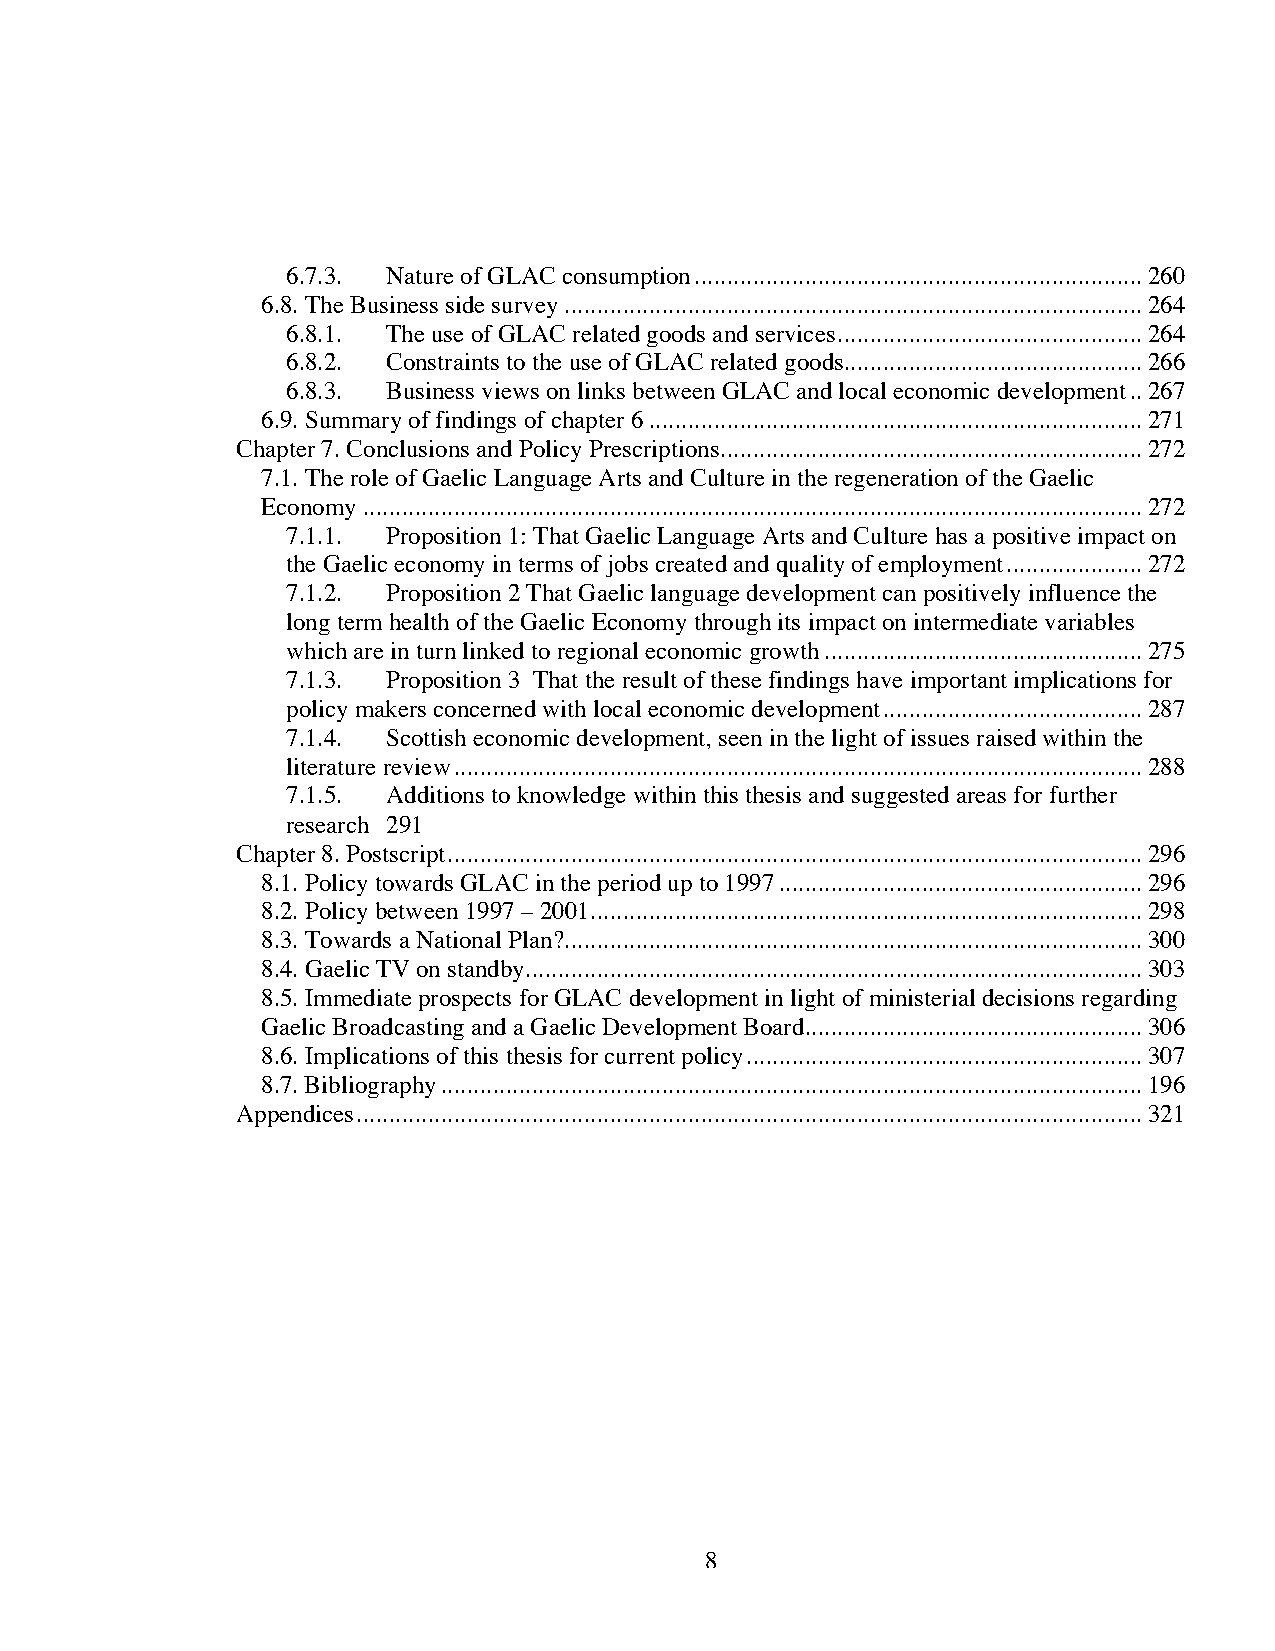
6.7.3. Nature of GLAC consumption.....................................................................260
 6.8. The Business side survey.........................................................................................264
 6.8.1. The use of GLAC related goods and services...............................................264
 6.8.2. Constraints to the use of GLAC related goods..............................................266
 6.8.3. Business views on links between GLAC and local economic development..267
 6.9. Summary of findings of chapter 6............................................................................271
 Chapter 7. Conclusions and Policy Prescriptions.................................................................272
 7.1. The role of Gaelic Language Arts and Culture in the regeneration of the Gaelic
 Economy........................................................................................................................272
 7.1.1. Proposition 1: That Gaelic Language Arts and Culture has a positive impact on
 the Gaelic economy in terms of jobs created and quality of employment.....................272
 7.1.2. Proposition 2 That Gaelic language development can positively influence the
 long term health of the Gaelic Economy through its impact on intermediate variables
 which are in turn linked to regional economic growth.................................................275
 7.1.3. Proposition 3 That the result of these findings have important implications for
 policy makers concerned with local economic development........................................287
 7.1.4. Scottish economic development, seen in the light of issues raised within the
 literature review..........................................................................................................288
 7.1.5. Additions to knowledge within this thesis and suggested areas for further
 research 291
 Chapter 8. Postscript...........................................................................................................296
 8.1. Policy towards GLAC in the period up to 1997........................................................296
 8.2. Policy between 1997 – 2001.....................................................................................298
 8.3. Towards a National Plan?.........................................................................................300
 8.4. Gaelic TV on standby...............................................................................................303
 8.5. Immediate prospects for GLAC development in light of ministerial decisions regarding
 Gaelic Broadcasting and a Gaelic Development Board....................................................306
 8.6. Implications of this thesis for current policy.............................................................307
 8.7. Bibliography............................................................................................................196
 Appendices.........................................................................................................................321
 8